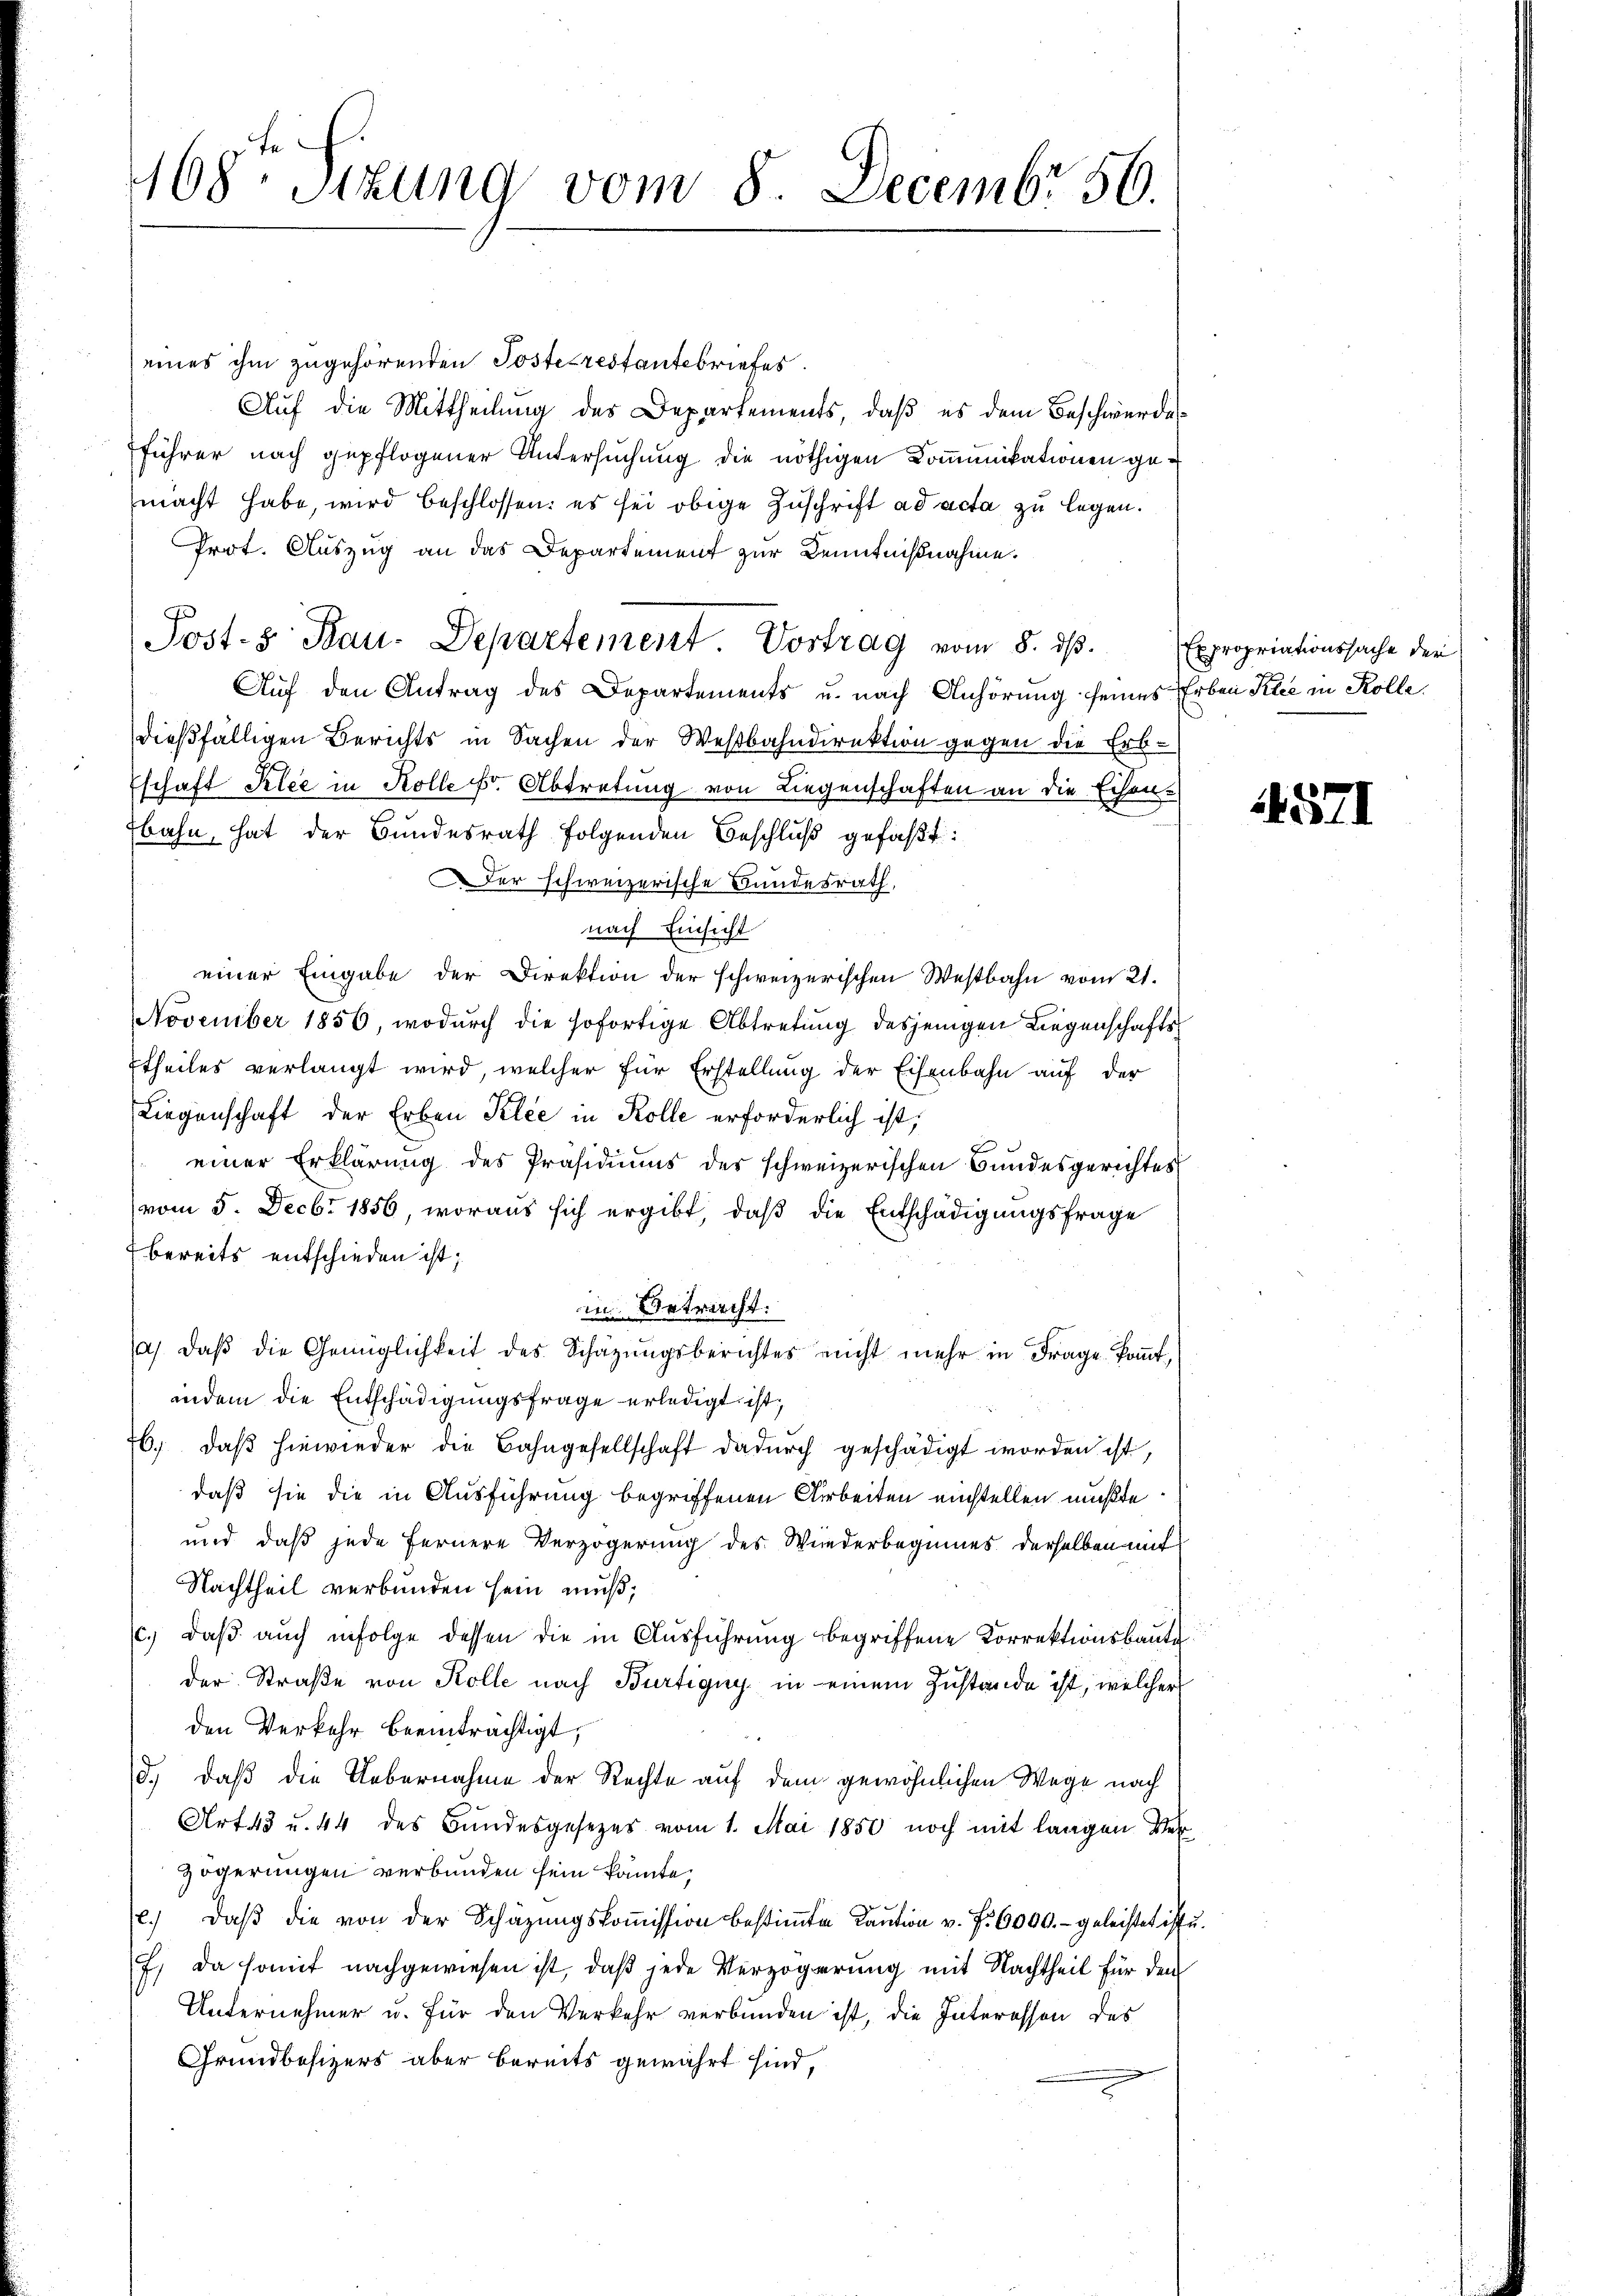
168te Sitzung vom 8. Decembr 50.

eines ihm zugehörenden Posterestantebriefes.
Auf die Mittheilung des Departements, daβ es dem Beschwerde
führer nach gepflogener Untersuchung die nöthigen Kommunikationen gemacht habe, wird beschlossen: es sei obige Zuschrift ad acta zu legen.
Prot. Auszug an das Departement zur Kenntnißnahme.
Auf den Antrag des Departements u. nach Anhörung seines Erben Klee in Kolle
dießfälligen Berichts in Sachen der Westbahndirektion gegen die Erb-
Eschaft Klee in Kolle fr. Abtretung von Liegenschaften an die Eisen-
Ebahn, hat der Bundesrath folgenden Beschluß gefaßt:
Der schweizerische Bundesrath,
nach Einsicht
einer Eingabe der Direktion der schweizerischen Westbahn vom 21.
November 1856, wodŭrch die sofortige Abtretŭng desjenigen Liegenschafts-
Etheiles verlangt wird, welcher für Erstellung der Eisenbahn auf der
Liegenschaft der Erben Klee in Kolle erforderlich ist,
einer Erklärung des Präsidiums des schweizerischen Bundesgerichtes
(vom 5. Decbr 1856, woraus sich ergibt, daß die Entschädigungsfrage
bereits entschieden ist;
in Betracht:
a. daβ die Genüglichkeit des Schäzŭngsberichtes nicht mehr in Frage koṁt,
andem die Entschädigungsfrage erledigt ist,
b. daβ hiewieder die Bahngesellschaft dadurch geschädigt worden ist,
daß sie die in Ausführung begriffenen Arbeiten einstellen mußte
und daß jede fernere Verzögerung des Wiederbeginnes derselben mit
Nachtheil verbunden sein muß;
c.) daß auch infolge dessen die in Ausführung begriffene Korrektionsbaute
der Straße von Kolle nach Bürtigny in einem Zustande ist, welcher
den Verkehr beeinträchtigt,
d., daß die Uebernahme der Rechte auf dem gewöhnlichen Wege nach
Art. 43 u. 44 des Bundesgesezes vom 1. Mai 1850 noch mit langen Ver¬
Zögerungen verbunden sein könnte,
e. daβ die von der Schäzŭngskoṁission bestiṁte Kaŭtion v. f. 6000.- geleistet ist u.
7) Da somit nachgewiesen ist, daß jede Verzögerung mit Nachtheil für den
Unternehmer u. für den Verkehr verbunden ist, die Interesson des
Grundbesizers aber bereits gewährt sind,

Post. Bau-Departement. Vortrag vom 8. dβ. Expropriationssache der

1571